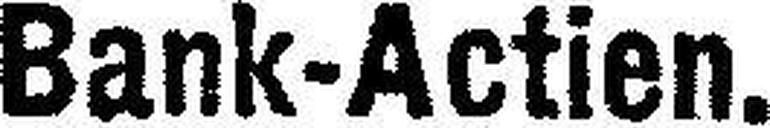
Bank-Actien.